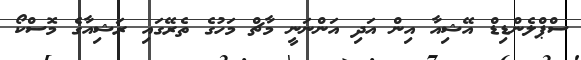
ސްޕްލެންޑިޑް އޭޝިއާ އިން އަދި އަންނަނީ މާޗް މަހުގެ ތެރޭގައި ރަޝިއާގެ މޮސްކޯ